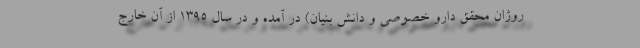
روژان محقق دارو خصوصی و دانش بنیان) در آمده و در سال 1395 از آن خارج